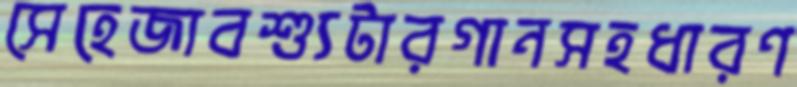
সেহেজাবশ্যুটারগানসহধারণ